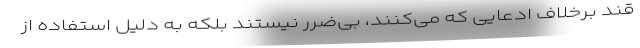
قند برخلاف ادعایی که می‌کنند، بی‌ضرر نیستند بلکه به دلیل استفاده از